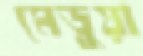
মেড়ুয়া